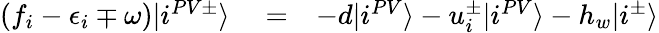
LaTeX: \begin{array}{rlr}{(f_{i}-\epsilon_{i}\mp\omega)|i^{PV\pm}\rangle}&{{}=}&{-d|i^{PV}\rangle-u_{i}^{\pm}|i^{PV}\rangle-h_{w}|i^{\pm}\rangle}\end{array}